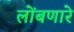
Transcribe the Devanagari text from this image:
लोंबणारे